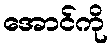
အောင်ကို